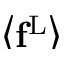
\smash { \left< \mathbf { f } ^ { \mathrm { L } } \right> }